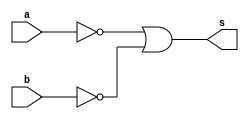
// -------------------------
// Exemplo_0505 - GATES
// Nome:Felipe Augusto Morais Silva 
// -------------------------
/*
vai ser a entra na nand, b entra na nand, output dos dois vai pra outra nand
e o output dessa nand vai pra outra nand
*/
module f5a ( output s,input a,input b );
// (a | ~b)
// definir dado local
wire a_nor, b_nor; 
wire out1,out2;

nor NOR1 (a_nor,a,a);
nor NOR2 (b_nor,b,b);
nor NOR3 (out1,a_nor,b_nor);
nor NOR4 (s, out1, out1);
// descrever por portas
endmodule // f5a
// -------------------------
module f5b ( output s,input a,input b );
// descrever por expressao
assign s = (~(~(a | a) | (~b | b)) | ~(~(a | a) | (~b | b)));
endmodule // f5b
module test_f5;
// ------------------------- definir dados
reg x;
reg y;
wire a, b;
f5a moduloA ( a, x, y );
f5b moduloB ( b, x, y );
// ------------------------- parte principal
initial
begin : main
$display("Exemplo_0501 - Felipe Augusto Morais Silva - 748473");
$display("Test module");
$display("   x 	y    a    b");
// projetar testes do modulo
$monitor("%4b %4b %4b %4b", x, y, a, b);
x = 1'b0; y = 1'b0;
#1
 x = 1'b0; y = 1'b1;
#1
 x = 1'b1; y = 1'b0;
#1
 x = 1'b1; y = 1'b1;
end
endmodule // test_f5